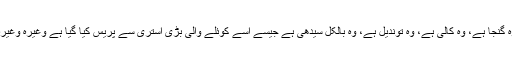
وہ گنجا ہے، وہ کالی ہے، وہ توندیل ہے، وہ بالکل سیدھی ہے جیسے اسے کوئلے والی بڑی استری سے پریس کیا گیا ہے وغیرہ وغیرہ۔